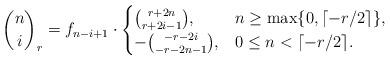
LaTeX: \begin{align*} {n \choose i}_r = f_{n-i+1}\cdot \begin{cases} {r+2n\choose r+2i-1}, &\mbox{$n\ge\operatorname{max}\{0,\lceil-r/2\rceil\}$,} \\ -{-r-2i\choose -r-2n-1}, &\mbox{$0\le n<\lceil-r/2\rceil$.} \end{cases}\end{align*}